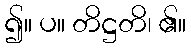
၍။ ပ။ တိဋ္ဌတိ၊ ၏။